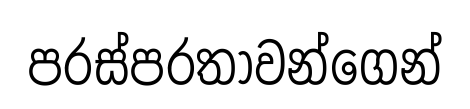
පරස්පරතාවන්ගෙන්